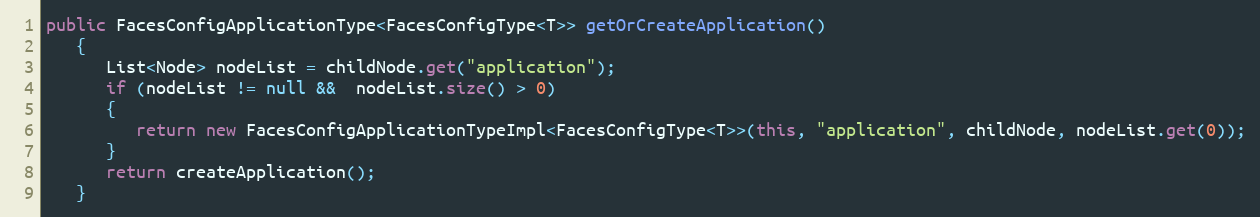
Language: Java
public FacesConfigApplicationType<FacesConfigType<T>> getOrCreateApplication()
   {
      List<Node> nodeList = childNode.get("application");
      if (nodeList != null &&  nodeList.size() > 0)
      {
         return new FacesConfigApplicationTypeImpl<FacesConfigType<T>>(this, "application", childNode, nodeList.get(0));
      }
      return createApplication();
   }